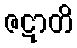
ဇဋာတိ